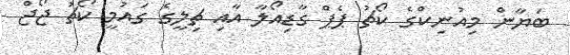
ބަޔާން މިއުނިކްގެ ކޯޗު ޕެޕް ގާޑިއޯލާ އާއި ޗިލީގެ ގައުމީ ކޯޗު ޖޯޖް